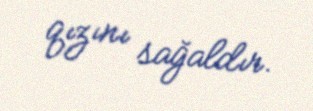
qızını sağaldır.